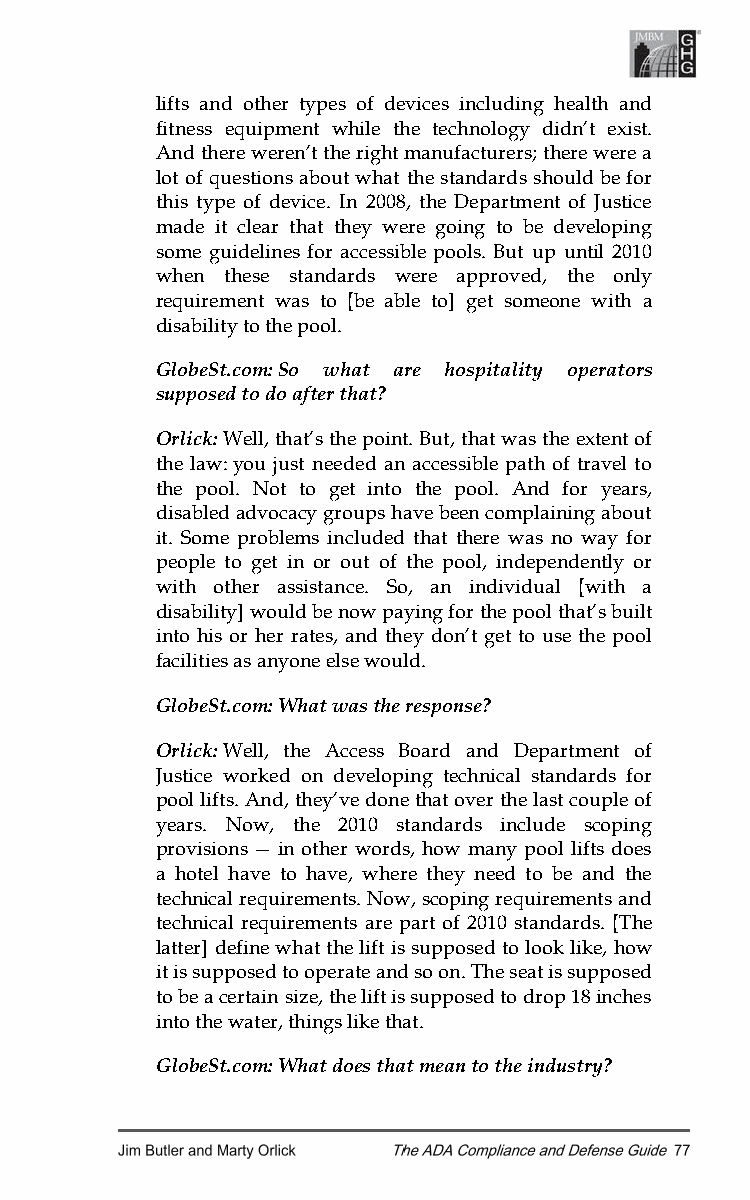
lifts and other types of devices including health and
 fitness equipment while the technology didn’t exist.
 And there weren’t the right manufacturers; there were a
 lot of questions about what the standards should be for
 this type of device. In 2008, the Department of Justice
 made it clear that they were going to be developing
 some guidelines for accessible pools. But up until 2010
 when these standards were approved, the only
 requirement was to [be able to] get someone with a
 disability to the pool.
 GlobeSt.com: So what are hospitality operators
 supposed to do after that?
 Orlick: Well, that’s the point. But, that was the extent of
 the law: you just needed an accessible path of travel to
 the pool. Not to get into the pool. And for years,
 disabled advocacy groups have been complaining about
 it. Some problems included that there was no way for
 people to get in or out of the pool, independently or
 with other assistance. So, an individual [with a
 disability] would be now paying for the pool that’s built
 into his or her rates, and they don’t get to use the pool
 facilities as anyone else would.
 GlobeSt.com: What was the response?
 Orlick: Well, the Access Board and Department of
 Justice worked on developing technical standards for
 pool lifts. And, they’ve done that over the last couple of
 years. Now, the 2010 standards include scoping
 provisions — in other words, how many pool lifts does
 a hotel have to have, where they need to be and the
 technical requirements. Now, scoping requirements and
 technical requirements are part of 2010 standards. [The
 latter] define what the lift is supposed to look like, how
 it is supposed to operate and so on. The seat is supposed
 to be a certain size, the lift is supposed to drop 18 inches
 into the water, things like that.
 GlobeSt.com: What does that mean to the industry?